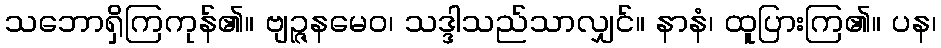
သဘောရှိကြကုန်၏။ ဗျဉ္ဇနမေဝ၊ သဒ္ဒါသည်သာလျှင်။ နာနံ၊ ထူပြားကြ၏။ ပန၊